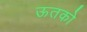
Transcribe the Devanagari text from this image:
ऊतको